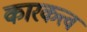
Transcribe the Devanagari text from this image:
कारकत्त्व